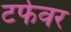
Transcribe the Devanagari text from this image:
टर्फवर